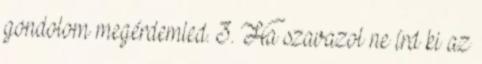
gondolom megérdemled. 3. Ha szavazol ne írd ki az